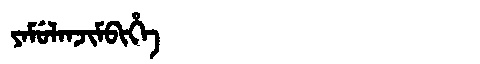
Manchu: ᠶᠠᠮᡠᠯᠠᠨᠵᡳᠮᠪᡳᡥᡝ
Romanization: YAMULANJIMBIHE